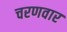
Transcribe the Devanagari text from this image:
चरणवार